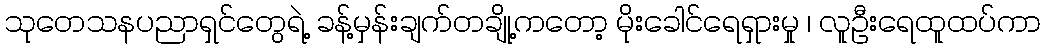
သုတေသနပညာရှင်တွေရဲ့ ခန့်မှန်းချက်တချို့ကတော့ မိုးခေါင်ရေရှားမှု ၊ လူဦးရေထူထပ်ကာ